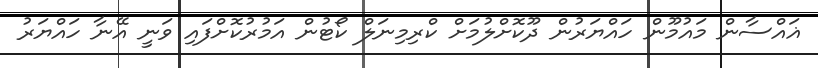
ޣައްސާން މައުމޫން ހައްޔަރުން ދޫކޮށްލުމަށް ކްރިމިނަލް ކޯޓުން އަމުރުކޮށްފައި ވަނީ އޭނާ ހައްޔަރު